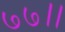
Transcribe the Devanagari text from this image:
७७।।